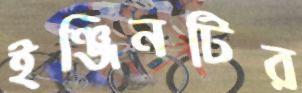
ইঞ্জিনটির